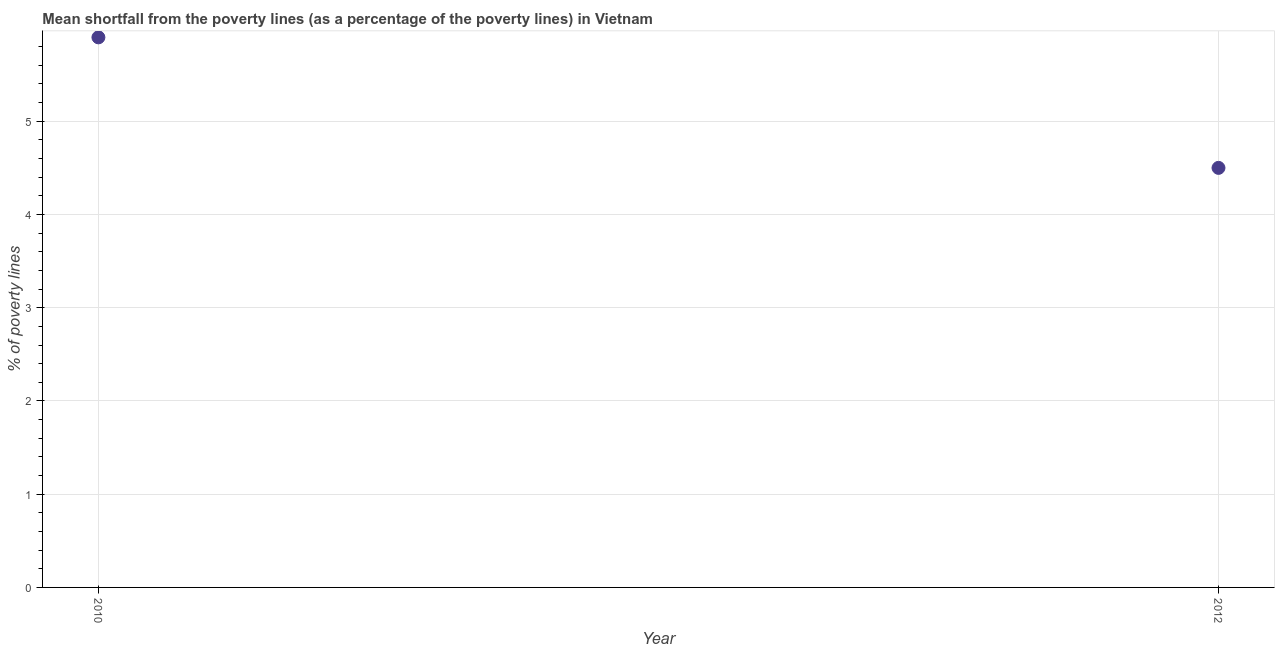
| Year | Poverty gap at national poverty lines |
 | --- | --- |
 | 2010 | 5.9 |
 | 2012 | 4.5 |